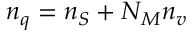
n _ { q } = n _ { S } + N _ { M } n _ { v }